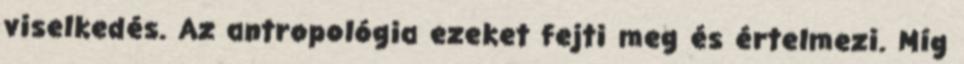
viselkedés. Az antropológia ezeket fejti meg és értelmezi. Míg